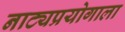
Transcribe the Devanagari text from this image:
नाट्यप्रयोगाला